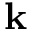
\textbf { k }